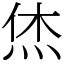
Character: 烋